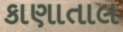
કાણાતાલ